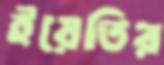
ইয়েতির